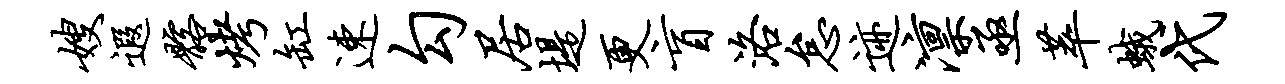
嫂遐髂烤缸速勾居堤更盲洛怠迹凛亟萃蛾代